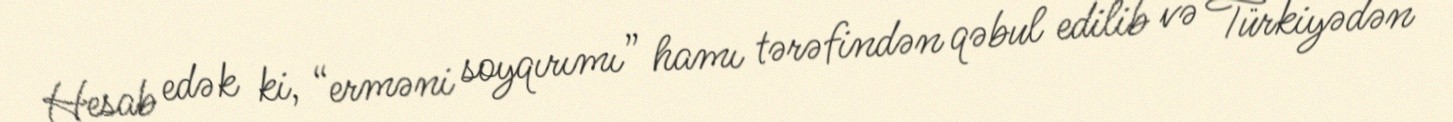
Hesab edək ki, “erməni soyqırımı” hamı tərəfindən qəbul edilib və Türkiyədən